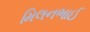
મિલનભાઈ